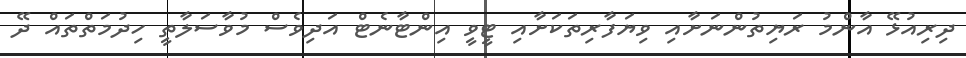
ދިރިއުޅޭ އާންމު ރަޔިތުންނަށާއި ވިޔަފާރިތަކަށާއި ޓީވީ އިންޓާނެޓް އަދިވެސް މުވާސަލާތީ ހިދުމަތްތައް ދޭ